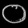
Digit: ၀